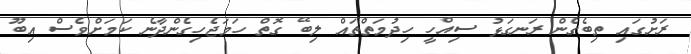
ރަށުގައިި ތިބެގެން ރަނގަޅު ސިއްހީ ހިދުމަތްތައް ލިބޭ ގޮތް ހަމަޖެހިގެންދާނެ ކަމަށްވެސް އިބޫ